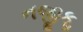
નજીકૢ